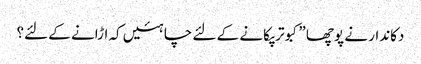
دکاندار نے پوچھا ”کبوتر پکانے کے لئے چاہئیں کہ اڑانے کے لئے؟